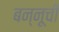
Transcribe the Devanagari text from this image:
बन्नूची